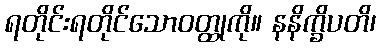
ရတိုင်းရတိုင်သောဝတ္ထုကို။ နနိက္ခိပတိ၊